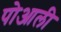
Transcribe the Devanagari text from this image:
पोआली